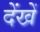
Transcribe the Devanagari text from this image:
देंखें